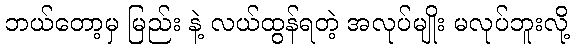
ဘယ်တော့မှ မြည်း နဲ့ လယ်ထွန်ရတဲ့ အလုပ်မျိုး မလုပ်ဘူးလို့